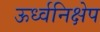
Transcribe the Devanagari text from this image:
ऊर्ध्वनिक्षेप